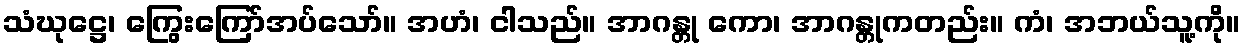
သံဃုဋ္ဌေ၊ ကြွေးကြော်အပ်သော်။ အဟံ၊ ငါသည်။ အာဂန္တု ကော၊ အာဂန္တုကတည်း။ ကံ၊ အဘယ်သူ့ကို။